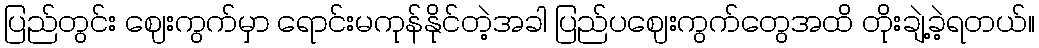
ပြည်တွင်း ဈေးကွက်မှာ ရောင်းမကုန်နိုင်တဲ့အခါ ပြည်ပဈေးကွက်တွေအထိ တိုးချဲ့ခဲ့ရတယ်။